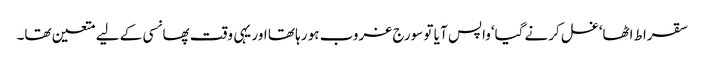
سقراط اٹھا‘غسل کرنے گیا‘واپس آ یا تو سورج غروب ہو رہا تھا اور یہی وقت پھانسی کے لیے متعین تھا۔